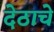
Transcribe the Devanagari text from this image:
देठाचे